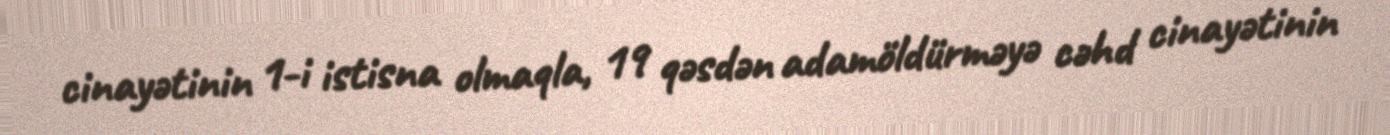
cinayətinin 1-i istisna olmaqla, 19 qəsdən adamöldürməyə cəhd cinayətinin